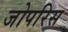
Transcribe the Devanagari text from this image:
जोपरिस